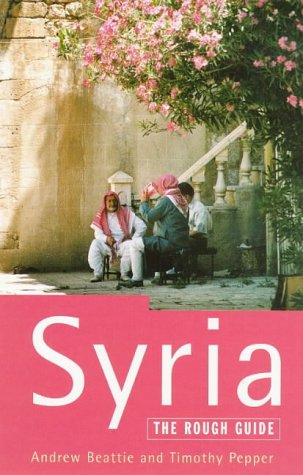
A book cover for Syria: The Rough Guide (Rough Guides); Andrew Beattie; Travel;